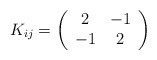
\begin{align*}K_{ij} = \left( \begin{array}{cc} 2 & -1\\ -1 & 2 \end{array} \right)\end{align*}